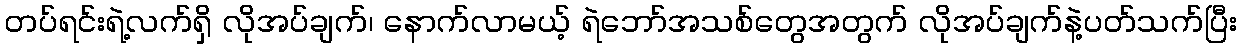
တပ်ရင်းရဲ့လက်ရှိ လိုအပ်ချက်၊ နောက်လာမယ့် ရဲဘော်အသစ်တွေအတွက် လိုအပ်ချက်နဲ့ပတ်သက်ပြီး